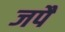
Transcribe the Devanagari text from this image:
जपैं